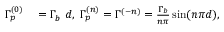
\begin{array} { r l } { \Gamma _ { p } ^ { ( 0 ) } } & { { } = \Gamma _ { b } \ d , \ \Gamma _ { p } ^ { ( n ) } = \Gamma ^ { ( - n ) } = \frac { \Gamma _ { b } } { n \pi } \sin ( n \pi d ) , } \end{array}